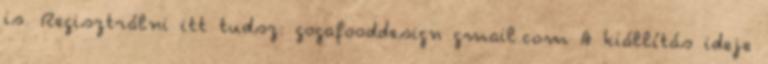
is. Regisztrálni itt tudsz: gogafooddesign gmail.com A kiállítás ideje